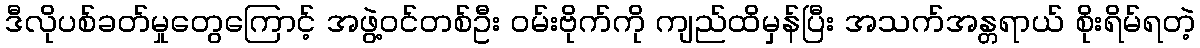
ဒီလိုပစ်ခတ်မှုတွေကြောင့် အဖွဲ့ဝင်တစ်ဦး ဝမ်းဗိုက်ကို ကျည်ထိမှန်ပြီး အသက်အန္တရာယ် စိုးရိမ်ရတဲ့